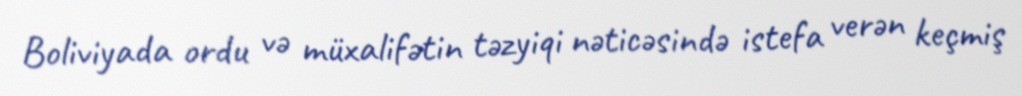
Boliviyada ordu və müxalifətin təzyiqi nəticəsində istefa verən keçmiş